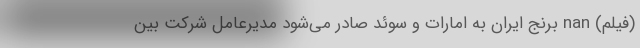
(فیلم) nan برنج ایران به امارات و سوئد صادر می‌شود مدیرعامل شرکت بین